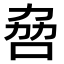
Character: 𫩻